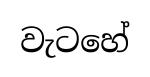
වැටහේ